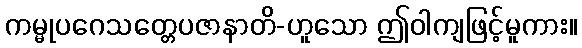
ကမ္မုပဂေသတ္တေပဇာနာတိ-ဟူသော ဤဝါကျဖြင့်မူကား။